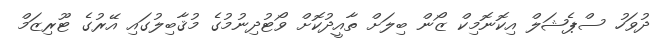
ދުވަހު ސްޕެޝަލް އިކޮނޮމިކް ޒޯން ބިލަށް ތާއީދުކޮށް ވޯޓުދިނުމުގެ މުޤާބިލުގައި އޭރުގެ ޓޫރިޒަމް